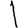
Digit: 1